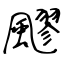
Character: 飂